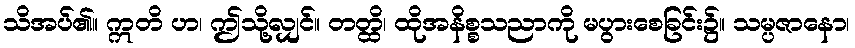
သိအပ်၏။ ဣတိ ဟ၊ ဤသို့လျှင်။ တတ္ထိ၊ ထိုအနိစ္စသညာကို မပွားစေခြင်း၌။ သမ္ပဇာနော၊